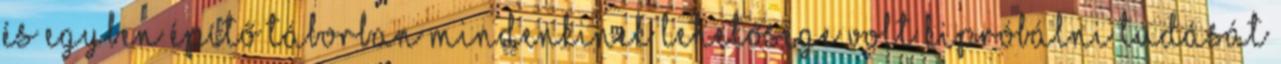
és egyben építő táborban mindenkinek lehetősége volt kipróbálni tudását